Indian journal of veterinary science and animal husbandry - Volume 6,
Year: 1936
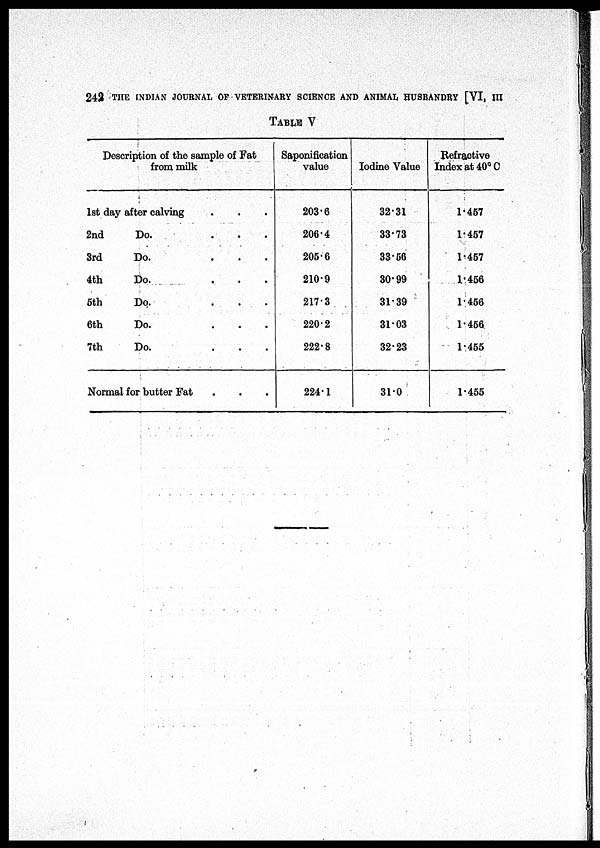
242 THE INDIAN JOURNAL OF VETERINARY SCIENCE AND ANIMAL HUSBANDRY [VI, III
TABLE V
Description of the sample of Fat
from milk
1st day after calving . . .
2nd
Do.
.
.
.
3rd
Do.
.
.
.
4th
Do. . . .
5th
Do.
.
.
.
6th
Do.
.
.
.
7th
Do.
.
.
.
Normal for butter Fat . . .
Saponification
value
203.6
206.4
205.6
210.9
217.3
220.2
222.8
224.1
Iodine Value
32.31
33.73
33.56
30.99
31.39
31.03
32.23
31.0
Refractive
Index at 40ºC
1.457
1.457
1.457
1.456
1.456
1.456
1.455
1.455